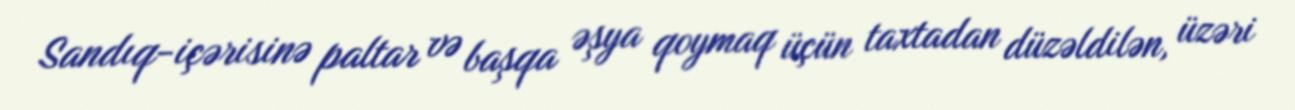
Sandıq-içərisinə paltar və başqa əşya qoymaq üçün taxtadan düzəldilən, üzəri